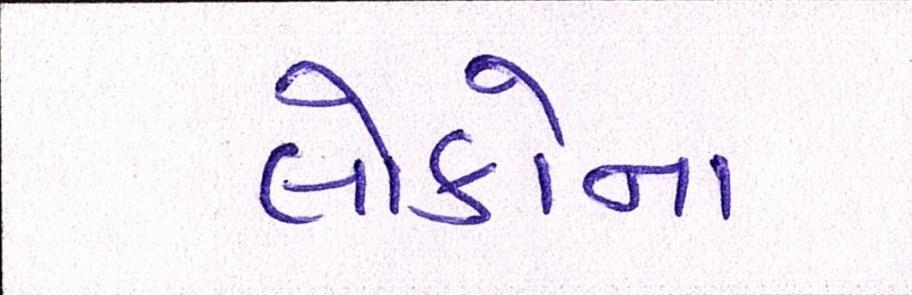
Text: લોકોના